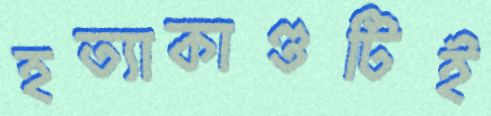
হত্যাকাণ্ডটিই